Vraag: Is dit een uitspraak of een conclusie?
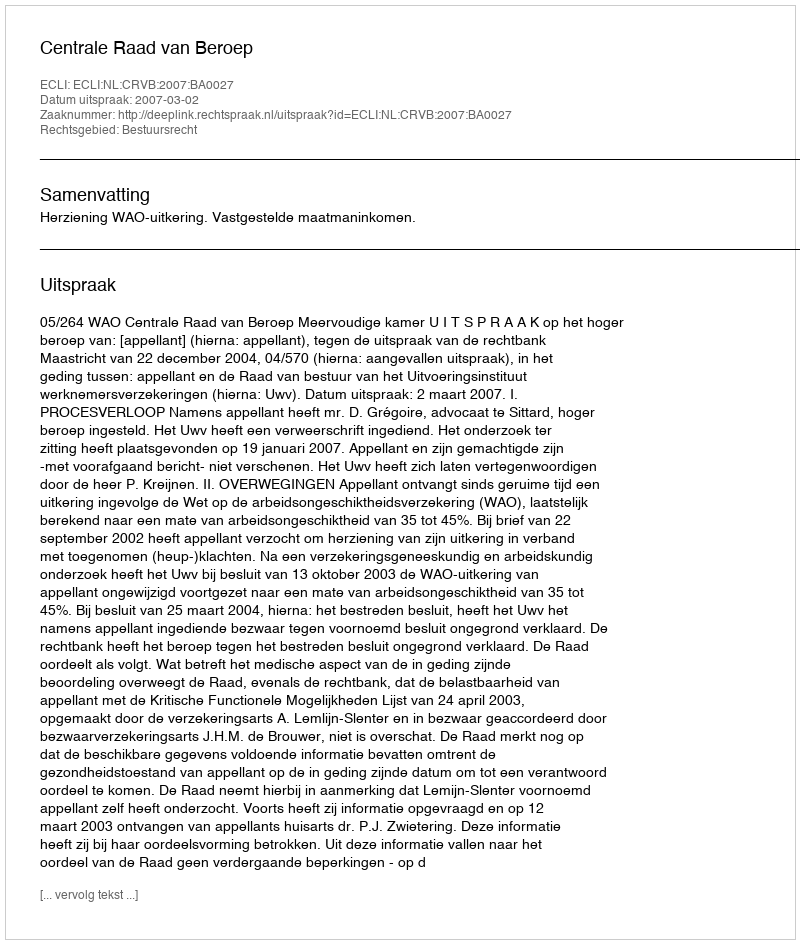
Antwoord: Uitspraak